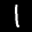
Label: 1